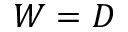
W = D